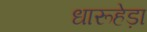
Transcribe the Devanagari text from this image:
धारूहेड़ा